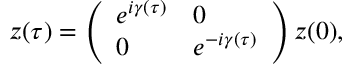
z ( \tau ) = \left( \begin{array} { l l } { e ^ { i \gamma ( \tau ) } } & { 0 } \\ { 0 } & { e ^ { - i \gamma ( \tau ) } } \end{array} \right) z ( 0 ) ,